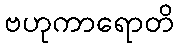
ဗဟုကာရောတိ